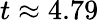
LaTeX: t\approx 4.79